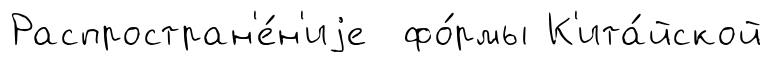
Распростран'е́н'иjе фо́рмы К'ита́йской